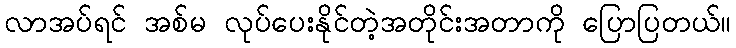
လာအပ်ရင် အစ်မ လုပ်ပေးနိုင်တဲ့အတိုင်းအတာကို ပြောပြတယ်။